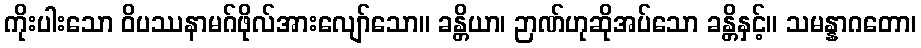
ကိုးပါးသော ဝိပဿနာမဂ်ဖိုလ်အားလျော်သော။ ခန္တိယာ၊ ဉာဏ်ဟုဆိုအပ်သော ခန္တိနှင့်။ သမန္နာဂတော၊